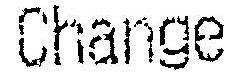
CHANGE